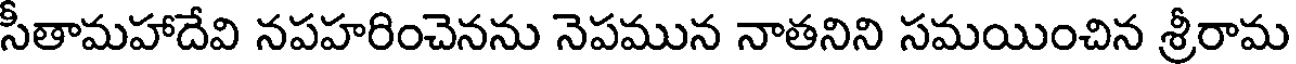
సీతామహాదేవి నపహరించెనను నెపమున నాతనిని సమయించిన శ్రీరామ